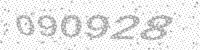
Solution: 090928